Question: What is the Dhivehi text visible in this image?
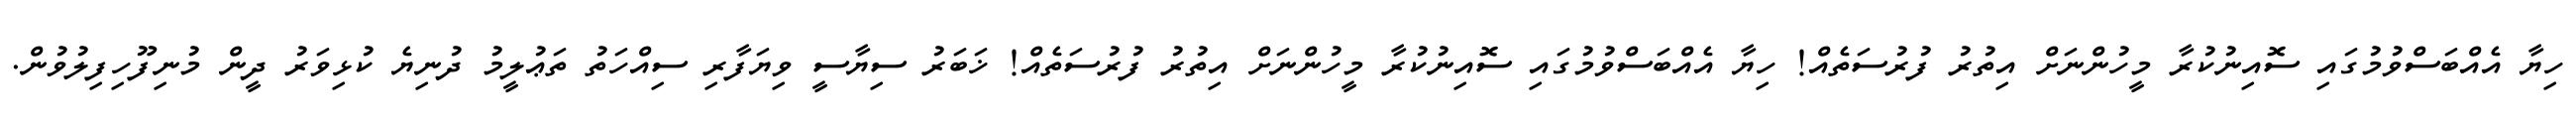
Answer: ހިޔާ އެއްބަސްވުމުގައި ސޮއިނުކުރާ މީހުންނަށް އިތުރު ފުރުސަތެއް! ހިޔާ އެއްބަސްވުމުގައި ސޮއިނުކުރާ މީހުންނަށް އިތުރު ފުރުސަތެއް! ޚަބަރު ސިޔާސީ ވިޔަފާރި ސިއްހަތު ތަޢުލީމު ދުނިޔެ ކުޅިވަރު ދީން މުނިފޫހިފިލުވުން.